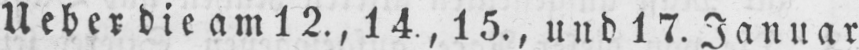
Ueber die am 12., 14., 15., und 17. Januar